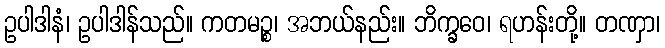
ဥပါဒါနံ၊ ဥပါဒါန်သည်။ ကတမဉ္စ၊ အဘယ်နည်း။ ဘိက္ခဝေ၊ ရဟန်းတို့။ တဏှာ၊